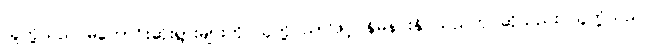
သူတို့သည် မကောင်းဆိုးရွားများကို သူတို့ပညာဖြင့် နှိမ်နင်းနိုင်သည်ဟု ဆိုသည်း သူတို့သည်